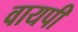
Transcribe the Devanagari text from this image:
वायपी